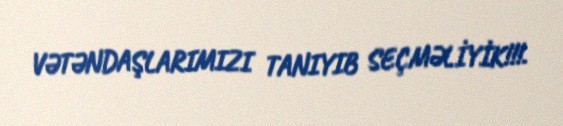
VƏTƏNDAŞLARIMIZI TANIYIB SEÇMƏLİYİK!!!.